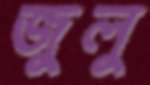
জুলু